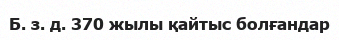
Б. з. д. 370 жылы қайтыс болғандар